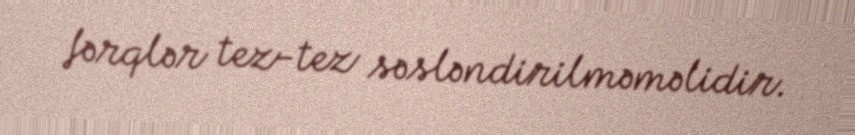
fərqlər tez-tez səsləndirilməməlidir.